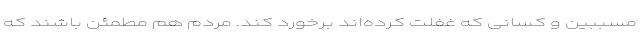
مسببین و کسانی که غفلت کرده‌اند برخورد کند. مردم هم مطمئن باشند که